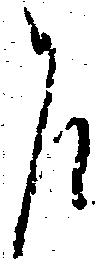
乍